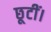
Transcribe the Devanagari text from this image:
छूटीं।